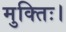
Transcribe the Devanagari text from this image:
मुक्तिः।